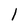
Character: 1